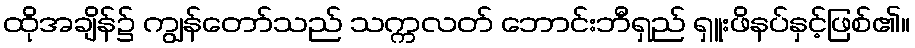
ထိုအချိန်၌ ကျွန်တော်သည် သက္ကလတ် ဘောင်းဘီရှည် ရှူးဖိနပ်နှင့်ဖြစ်၏။